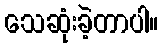
သေဆုံးခဲ့တာပါ။